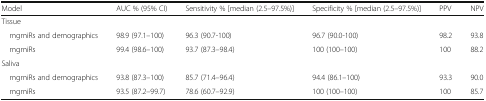
| Model | AUC % (95% CI) | Sensitivity % [median (2.5–97.5%)] | Specificity % [median (2.5–97.5%)] | PPV | NPV |
 | --- | --- | --- | --- | --- | --- |
 | <COLSPAN=6> Tissue |
 | mgmiRs and demographics | 98.9 (97.1–100) | 96.3 (90.7-100) | 96.7 (90.0-100) | 98.2 | 93.8 |
 | mgmiRs | 99.4 (98.6–100) | 93.7 (87.3–98.4) | 100 (100–100) | 100 | 88.2 |
 | <COLSPAN=6> Saliva |
 | mgmiRs and demographics | 93.8 (87.3–100) | 85.7 (71.4–96.4) | 94.4 (86.1–100) | 93.3 | 90.0 |
 | mgmiRs | 93.5 (87.2–99.7) | 78.6 (60.7–92.9) | 100 (100–100) | 100 | 85.7 |